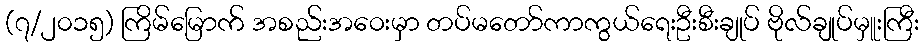
(၇/၂၀၁၅) ကြိမ်မြောက် အစည်းအဝေးမှာ တပ်မတော်ကာကွယ်ရေးဦးစီးချုပ် ဗိုလ်ချုပ်မှူးကြီး